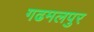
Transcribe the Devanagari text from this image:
गढमलपुर